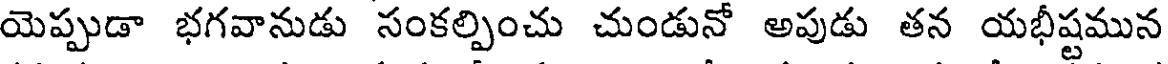
యెప్పుడా భగవానుడు సంకల్పించు చుండునో అపుడు తన యభీష్టమున